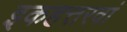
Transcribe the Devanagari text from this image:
इकहत्तरवां